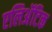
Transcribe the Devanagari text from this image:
एलिअॅटिक